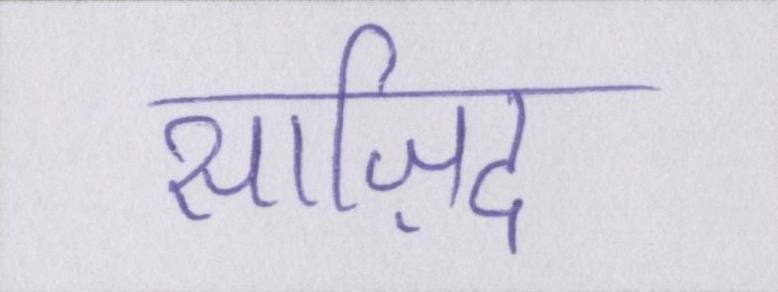
साज़िद